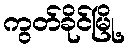
ကွတ်ခိုင်မြို့